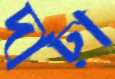
দাঢ়া